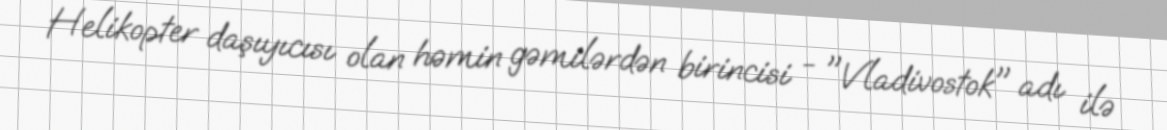
Helikopter daşıyıcısı olan həmin gəmilərdən birincisi - "Vladivostok" adı ilə